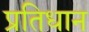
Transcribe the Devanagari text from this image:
प्रतिधान